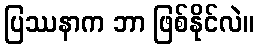
ပြဿနာက ဘာ ဖြစ်နိုင်လဲ။